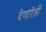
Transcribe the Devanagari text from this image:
देणारेही